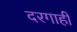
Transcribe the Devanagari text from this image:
दरगाही